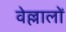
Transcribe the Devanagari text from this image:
वेल्लालों